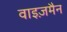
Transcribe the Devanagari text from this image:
वाइज़मैन